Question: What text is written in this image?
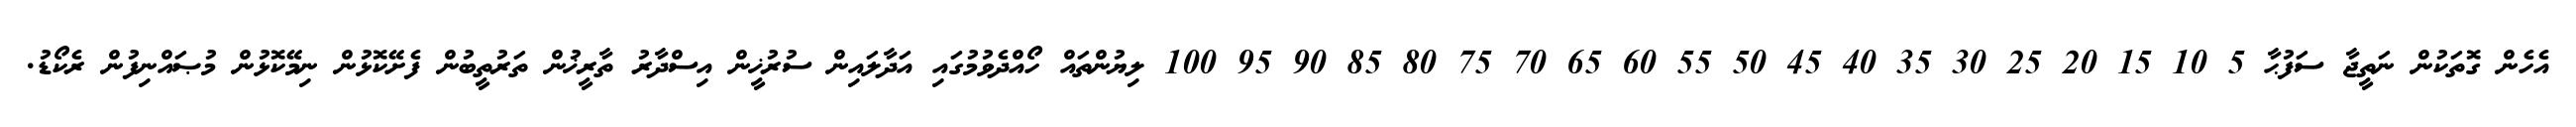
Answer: އެހެން ގޮތަކުން ނަތީޖާ ސަފުޙާ 5 10 15 20 25 30 35 40 45 50 55 60 65 70 75 80 85 90 95 100 ލިޔުންތައް ހޯއްދެވުމުގައި އަދާލައިން ސުރުޚީން އިސްދާރު ތާރީޚުން ތަރުތީބުން ފެށޭކޮޅުން ނިމޭކޮޅުން މުޞައްނިފުން ރެކޯޑު.